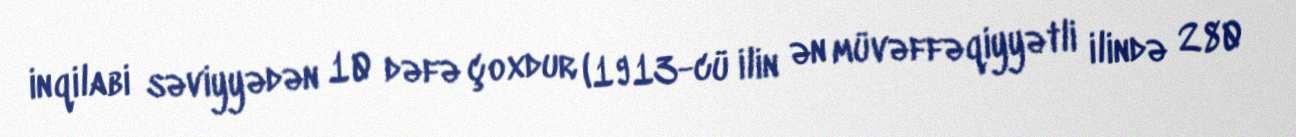
inqilabi səviyyədən 10 dəfə çoxdur (1913-cü ilin ən müvəffəqiyyətli ilində 280